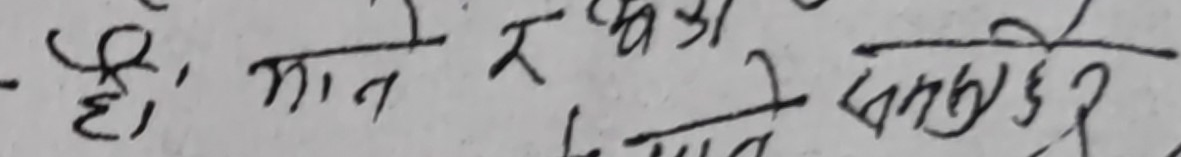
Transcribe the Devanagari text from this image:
है। मान र भएकाले सम्बन्धित